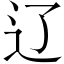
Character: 辽